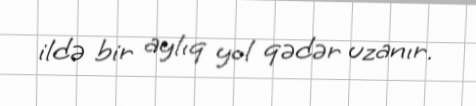
ildə bir aylıq yol qədər uzanır.